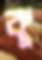
কু